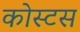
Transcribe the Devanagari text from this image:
कोस्टस